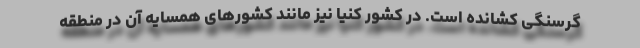
گرسنگی کشانده است. در کشور کنیا نیز مانند کشورهای همسایه آن در منطقه